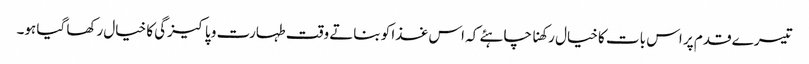
تیسرے قدم پر اس بات کا خیال رکھنا چاہئے کہ اس غذا کو بناتے وقت طہارت و پاکیزگی کا خیال رکھا گیا ہو۔